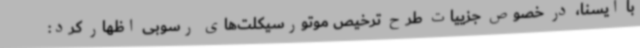
با ایسنا، در خصوص جزییات طرح ترخیص موتورسیکلت‌های رسوبی اظهار کرد: